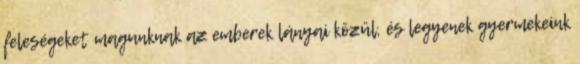
feleségeket magunknak az emberek lányai közül, és legyenek gyermekeink